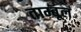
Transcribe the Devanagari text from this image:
ताम्बूलं